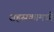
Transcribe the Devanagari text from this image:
सहस्रकामध्ये